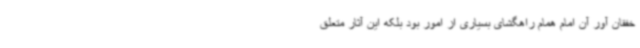
خفقان آور آن امام همام راهگشای بسیاری از امور بود بلکه این آثار متعلق